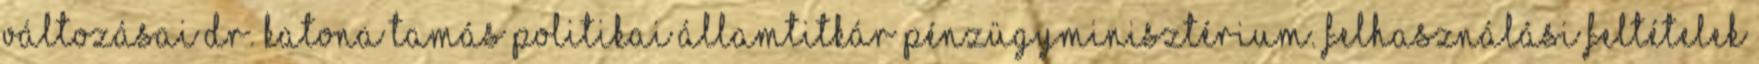
változásai Dr. Katona Tamás politikai államtitkár Pénzügyminisztérium. Felhasználási feltételek